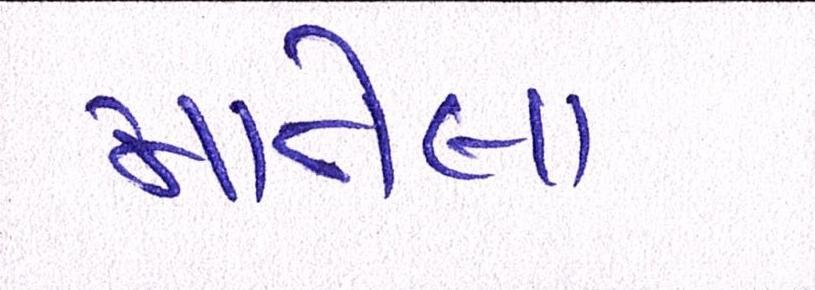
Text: માતેલા